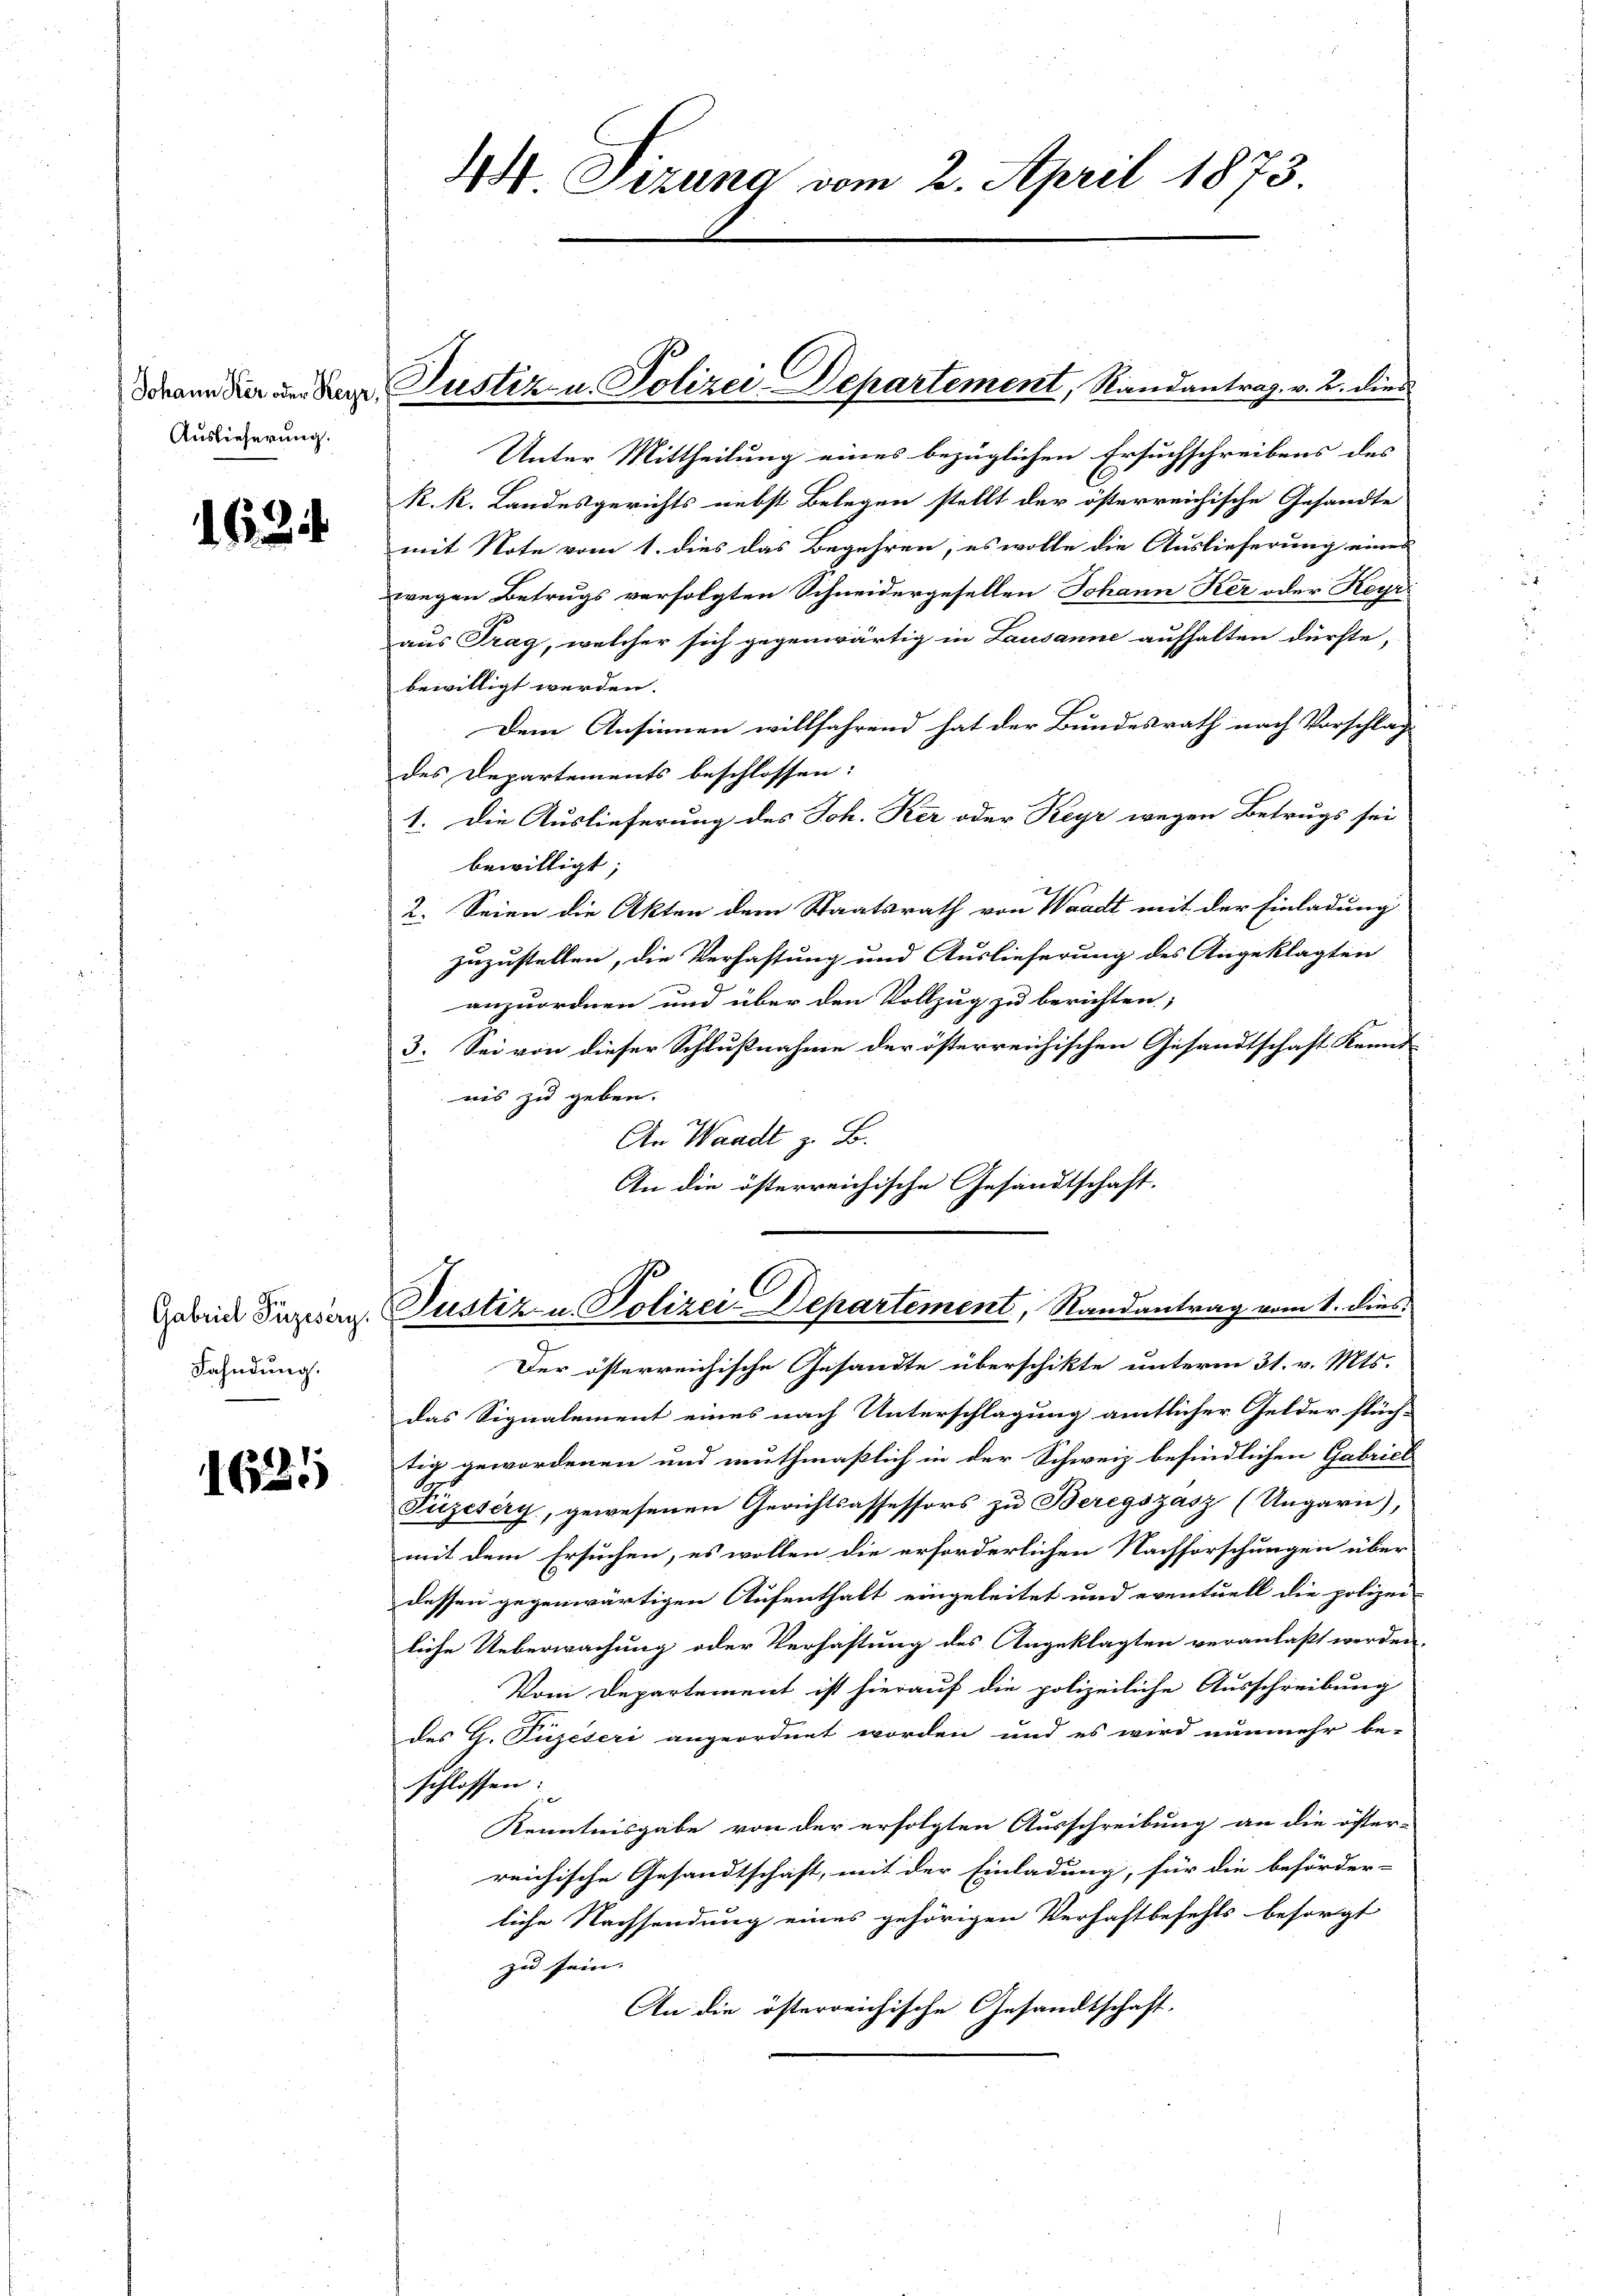
Auslieferung.

1621

Fahndung.

1621

Unter Mittheilung eines bezüglichen Ersuchschreibens des
R. k. Landesgerichts nebst Belegen stellt der österreichische Gesandte
mit Note vom 1. dies das Begehren, es wolle die Auslieferung eines
wegen Betrugs verfolgten Schneidergesellen Johann Ker oder Keyr
aus Trag, welcher sich gegenwärtig in Lausanne aufhalten dürfte,
bewilligt werden.
d
Dem Ansinnen willfahrend hat der Bundesrath nach Vorschlag
des Departements beschlossen:
1. Die Auslieferung des Joh. Ker oder Keyr wegen Betrugs sei
bewilligt;
2. Seien die Akten dem Staatsrath von Waadt mit der Einladung
zuzustellen, die Verhaftung und Auslieferung des Angeklagten
anzuordnen und über den Vollzug zu berichten,
3. Sei von dieser Schlußnahme der österreichischen Gesandtschaft Kennt
nis zu geben.
An Waadt z. B.
An die österreichische Gesandtschaft.

44 Sizung vom 2. April 1873.

dmann der an der Justiz- u. Polizei-Departement, Randantrag. v. 2. dies

bein Sizian Justiz- u. Polizei Departement, Randantrag vom 1. Dies

Der österreichische Gesandte überschikte unterm 31. v. Mts.
das Signalement eines nach Unterschlagung amtlicher Gelder flüch-
tig gewordenen und muthmaßlich in der Schweiz befindlichen Gabriel
Füzeséry, gewesenen Gerichtsassessors zu Beregszász (Ungarn),
mit dem Ersuchen, es wollen die erforderlichen Nachforschungen über
dessen gegenwärtigen Aufenthalt eingeleitet und eventuell die polizei-
liche Ueberwachung oder Verhaftung des Angeklagten veranlaßt werden.
Vom Departement ist hierauf die polizeiliche Ausschreibung
des G. Puzeseri angeordnet worden und es wird nunmehr be-
schlossen:
Kenntnisgabe von der erfolgten Ausschreibung an die öster-
reichische Gesandtschaft, mit der Einladung, für die beförder-
liche Nachsendung eines gehörigen Verhaftbefehls besorgt
zu sein. |
An die österreichische Gesandtschaft,